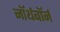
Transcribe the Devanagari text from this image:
नॉर्थबॉर्न